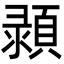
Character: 𩓪